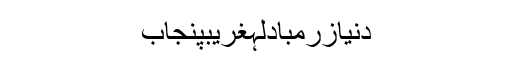
دنیازرمبادلہغریبپنجاب